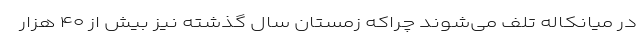
در میانکاله تلف می‌شوند چراکه زمستان سال گذشته نیز بیش از ۴۰ هزار